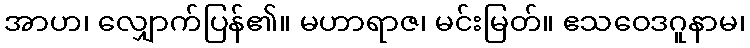
အာဟ၊ လျှောက်ပြန်၏။ မဟာရာဇ၊ မင်းမြတ်။ ဧသဝေဒဂူနာမ၊